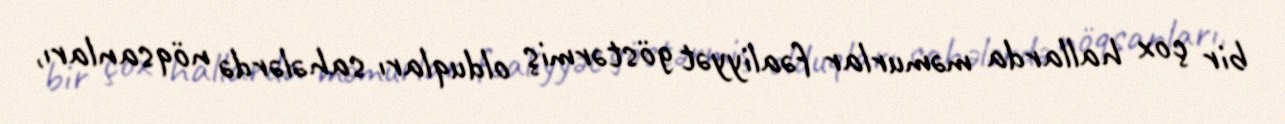
bir çox hallarda məmurlar fəaliyyət göstərmiş olduqları sahələrdə nöqsanları,